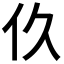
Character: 𬽧